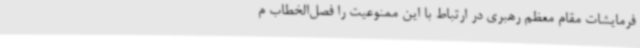
فرمایشات مقام معظم رهبری در ارتباط با این ممنوعیت را فصل‌الخطاب م